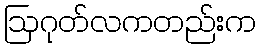
ဩဂုတ်လကတည်းက